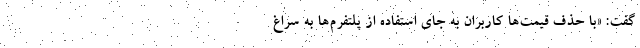
گفت: «با حذف قیمت‌ها کاربران به جای استفاده از پلتفرم‌ها به سراغ